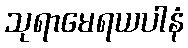
သုရာမေရယပါနံ